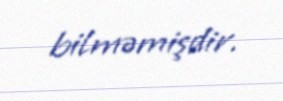
bilməmişdir.